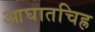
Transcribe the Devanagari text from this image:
आघातचिह्र